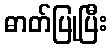
ဓာတ်ပြုပြီး